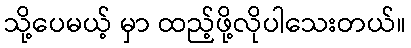
သို့ပေမယ့် မှာ ထည့်ဖို့လိုပါသေးတယ်။